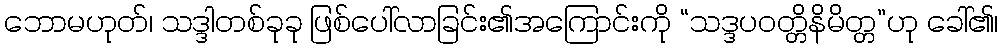
ဘောမဟုတ်၊ သဒ္ဒါတစ်ခုခု ဖြစ်ပေါ်လာခြင်း၏အကြောင်းကို “သဒ္ဒပဝတ္တိနိမိတ္တ”ဟု ခေါ်၏၊